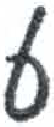
אות: ע